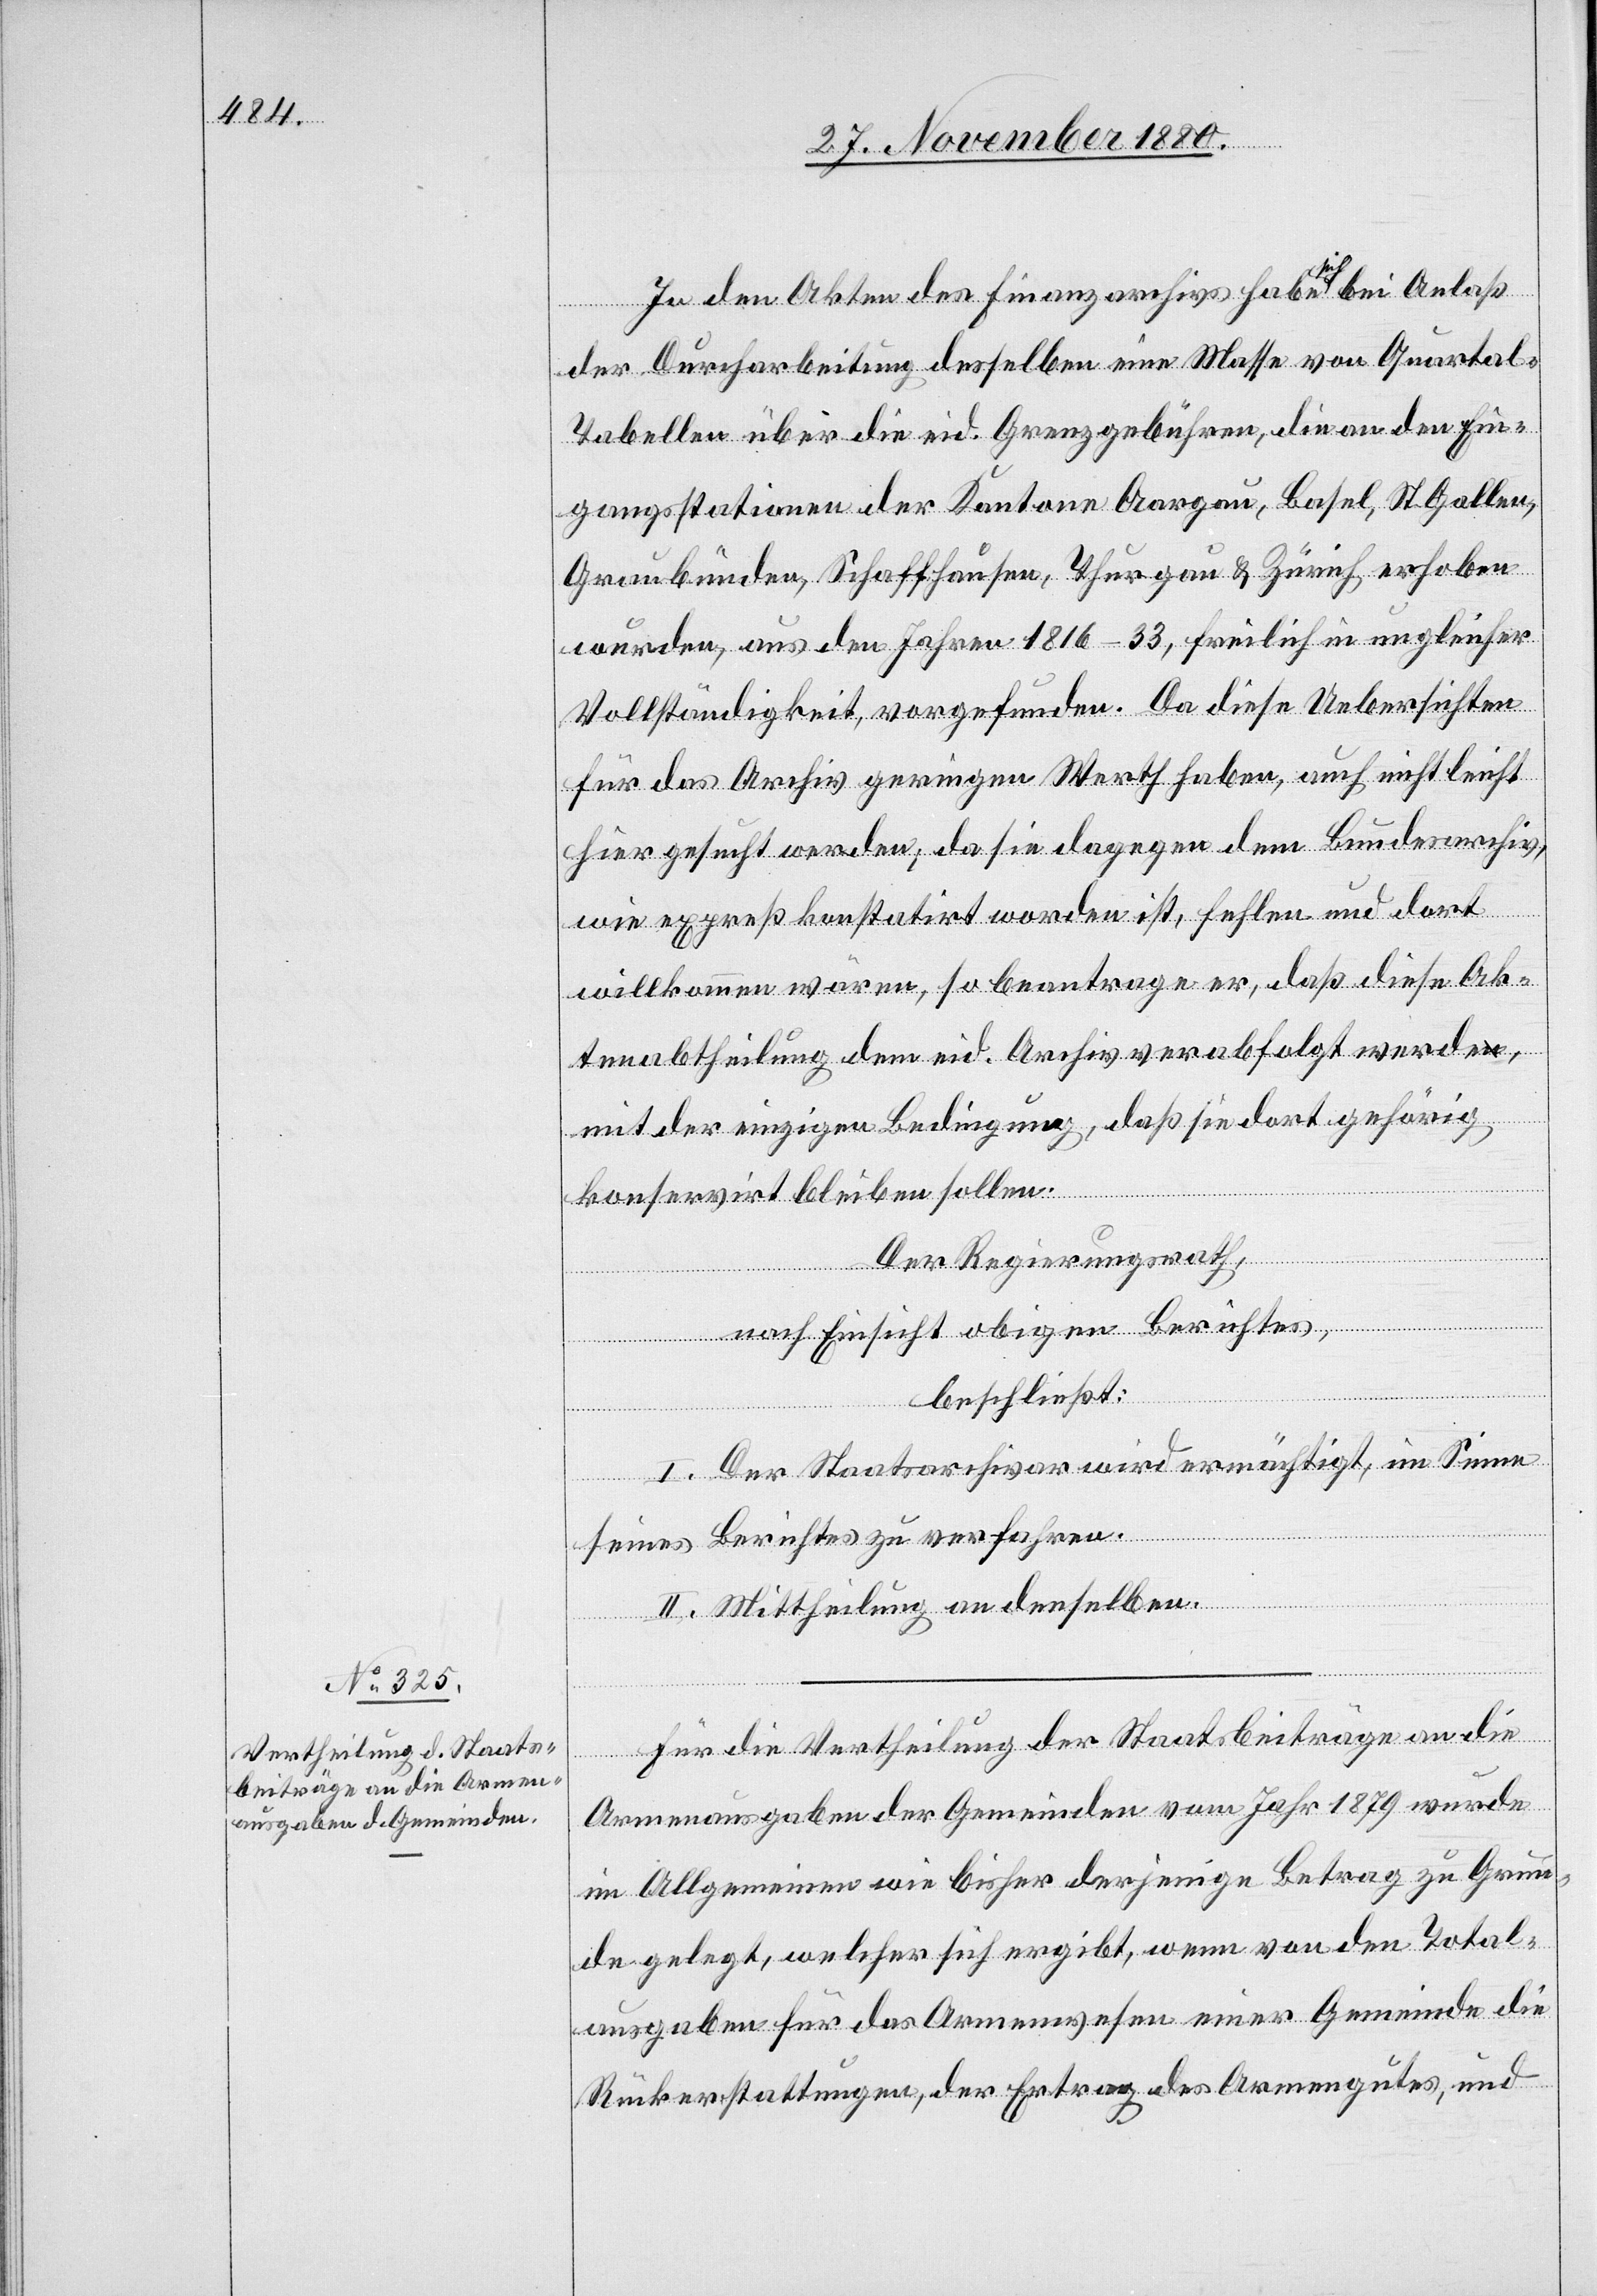
In den Akten des Finanzarchivs habe sich bei Anlaß
der Durcharbeitung desselben eine Masse von Quartal-T¬
abellen über die eid. Grenzgebühren, die an den Ein¬
gangsstationen der Kantone Aargau, Basel, St. Gallen,
Graubünden, Schaffhausen, Thurgau & Zürich erhoben
wurden, aus den Jahren 1816–1833, freilich in ungleicher
Vollständigkeit, vorgefunden. Da diese Uebersichten
für das Archiv geringen Werth haben, auch nicht leicht
hier gesucht werden; da sie dagegen dem Bundesarchiv,
wie expreß konstatirt worden ist, fehlen und dort
willkommen wären, so beantrage er, daß diese Ak¬
tenabtheilung dem eid. Archiv verabfolgt werde,
mit der einzigen Bedingung, daß sie dort gehörig
konservirt bleiben sollen.
Der Regierungsrath,
nach Einsicht obigen Berichtes,
beschließt:
I. Der Staatsarchivar wird ermächtigt, im Sinne
seines Berichtes zu verfahren.
II. Mittheilung an denselben.
Für die Vertheilung der Staatsbeiträge an die
Armenausgaben der Gemeinden vom Jahr 1879 wurde
im Allgemeinen wie bisher derjenige Betrag zu Grun¬
de gelegt, welcher sich ergibt, wenn von den Total¬
ausgaben für das Armenwesen einer Gemeinde die
Rückerstattungen, der Ertrag des Armengutes, und